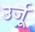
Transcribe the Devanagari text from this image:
उर्जू